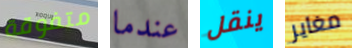
متفوقة عندما ينقل مغاير